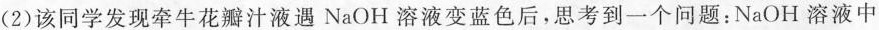
(2)该同学发现牵牛花瓣汁液遇NaOH溶液变蓝色后，思考到一个问题：NaOH溶液中